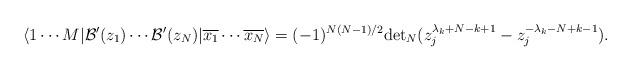
LaTeX: \begin{align*}\langle 1 \cdots M|\mathcal{B}^\prime(z_1) \cdots\mathcal{B}^\prime(z_N)| \overline{x_1} \cdots \overline{x_N}\rangle=(-1)^{N(N-1)/2}\mathrm{det}_N(z_j^{\lambda_k+N-k+1}-z_j^{-\lambda_k-N+k-1}).\end{align*}